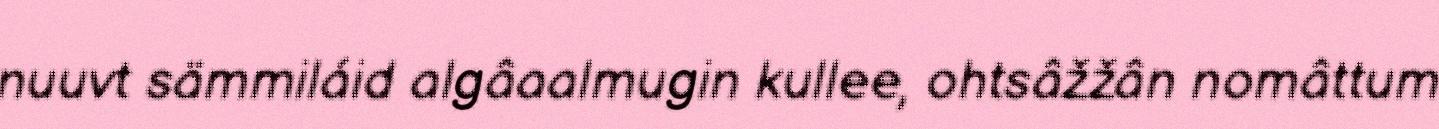
nuuvt sämmiláid algâaalmugin kullee, ohtsâžžân nomâttum